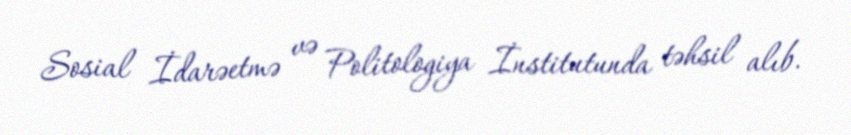
Sosial İdarəetmə və Politologiya İnstitutunda təhsil alıb.